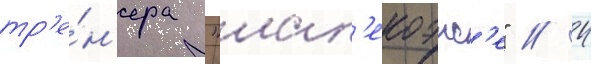
тр'е́н'ера "шап'екоэнс'е" // 4